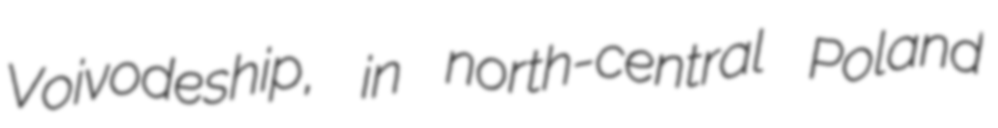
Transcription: Voivodeship, in north-central Poland